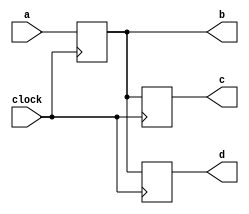
`timescale 1ns/10ps


// This one is not working correctly under Quartus simulation

module delay_syntax (clock,a,b,c,d);

input clock;
input a;
output b;
output c;
output d;

reg x;
reg y;
reg delayed;

assign b = x;
assign c = y;
assign #10 d = delayed;

always @ (posedge clock)
	begin
		x <= a;
		y <= x;
		delayed <= x;
	end
	
endmodule